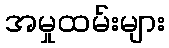
အမှုထမ်းများ